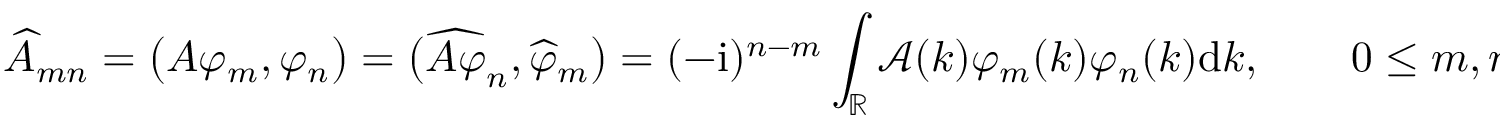
\widehat { A } _ { m n } = \big ( A \varphi _ { m } , \varphi _ { n } \big ) = \big ( \widehat { A \varphi } _ { n } , \widehat { \varphi } _ { m } \big ) = ( - \mathrm { i } ) ^ { n - m } \int _ { \mathbb { R } } \mathcal { A } ( k ) \varphi _ { m } ( k ) \varphi _ { n } ( k ) \mathrm { d } k , \qquad 0 \leq m , n \leq N - 1 ,